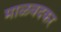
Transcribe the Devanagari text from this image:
माळवदकर